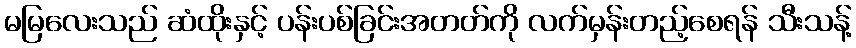
မမြလေးသည် ဆံထိုးနှင့် ပန်းပစ်ခြင်းအတတ်ကို လက်မှန်းတည့်စေရန် သီးသန့်